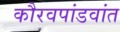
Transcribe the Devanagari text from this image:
कौरवपांडवांत